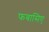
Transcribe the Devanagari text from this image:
फबासिए